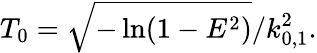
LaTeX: T_{0}=\sqrt{-\ln(1-E^{2})}/k_{0,1}^{2}.